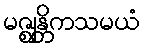
မဇ္ဈန္တိကသမယံ